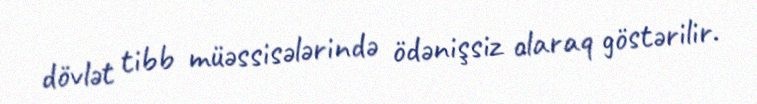
dövlət tibb müəssisələrində ödənişsiz olaraq göstərilir.